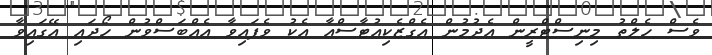
ވެސް ހެލްތު މިނިސްޓްރީން އެދުމުން އެގްޒެކިއުޓާސްއާ އެކު ވެފައިވާ އެއްބަސްވުން ހޯދައި އޭގައިވާ